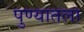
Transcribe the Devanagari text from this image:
पुण्यातला